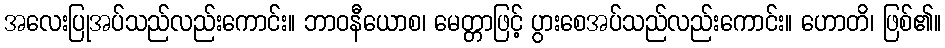
အလေးပြုအပ်သည်လည်းကောင်း။ ဘာဝနီယောစ၊ မေတ္တာဖြင့် ပွားစေအပ်သည်လည်းကောင်း။ ဟောတိ၊ ဖြစ်၏။